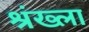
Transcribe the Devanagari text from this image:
श्रंख्ला